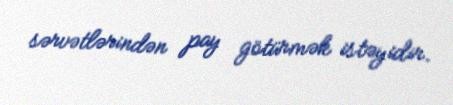
sərvətlərindən pay götürmək istəyidir.